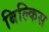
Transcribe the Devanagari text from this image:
बिल्किस